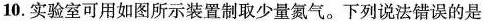
10.实验室可用如图所示装置制取少量氮气。下列说法错误的是